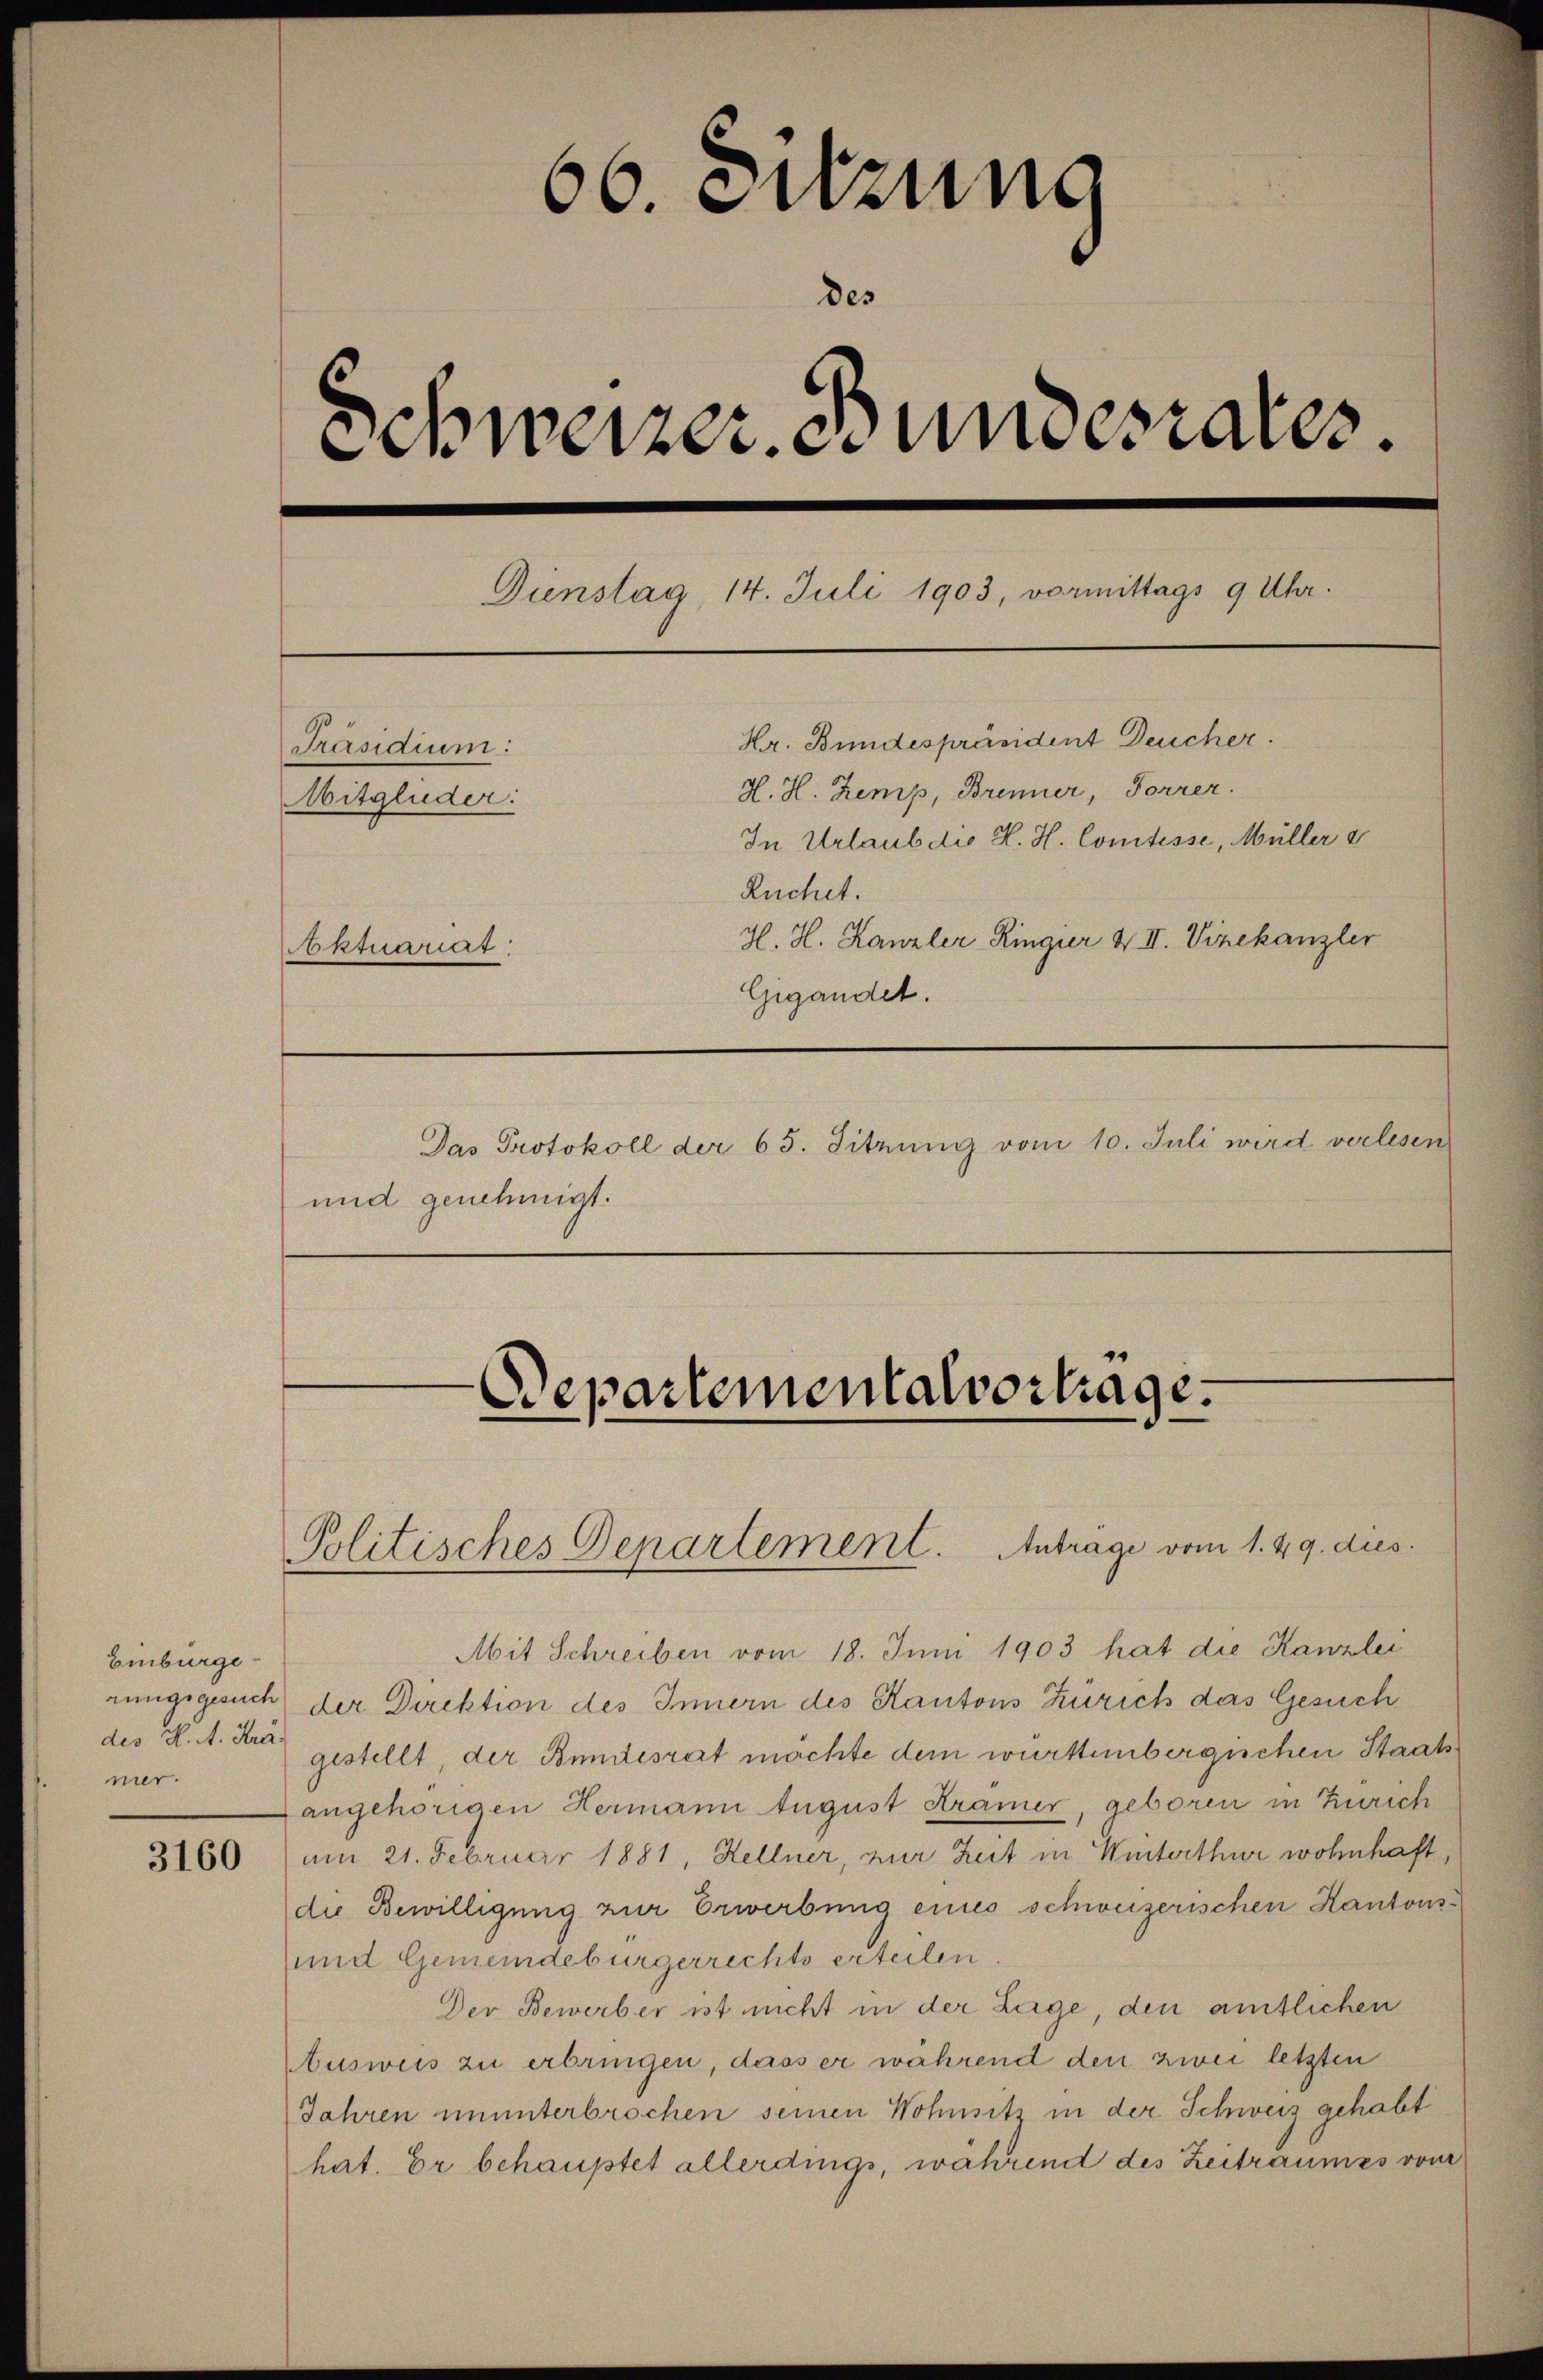
3160

66. Sitzung
Schweizer. Bundesrates.
Dienstag, 14. Juli 1903, vormittags 9 Uhr.
Hr. Bundespräsident Deucher.
Präsidium:
H. H. Zemp, Brenner, Forrer.
Mitglieder:
In Urlaub die H. H. Comtesse, Müller
Ruchet.
H. H. Kanzler Ringier & II. Vizekanzler
ktuariat
Gigandel.
Das Protokoll der 65. Sitzung vom 10. Juli wird verlesen
und genehmigt.

Einbürge
rungsgesuch
des H. M. Trä
mer.

Bepartementalvortrage.

Politisches Departement. Antrage vom 1. 49. dies

Mit Schreiben vom 18. Juni 1903 hat die Kanzlei
der Direktion des Innern des Kantons Zürich das Gesuch
gestellt, der Bundesrat machte dem württemberguchen Staatsangehörigen Hermann August Kramer, geboren in Zürich
am 21. Februar 1881, Kellner, zur Zeit in Winterthur wohnhaft
die Bewilligung zur Erwerbung eines schweizerischen Kantons¬
und Gemeindebürgerrechts erteilen
Der Bewerber ist nicht in der Lage, den amtlichen
Ausweis zu erbringen, dass er während den zwei letzten
Jahren ununterbrochen seinen Wohnsitz in der Schweiz gehabt
hat. Er behauptet allerdings, während des Zeitraumes von